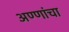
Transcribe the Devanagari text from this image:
अण्णांचा